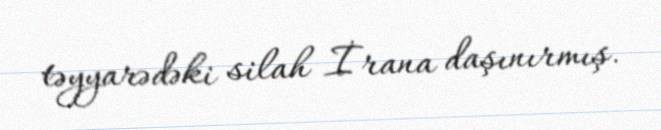
təyyarədəki silah İrana daşınırmış.